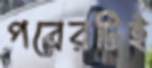
পরেরটিই